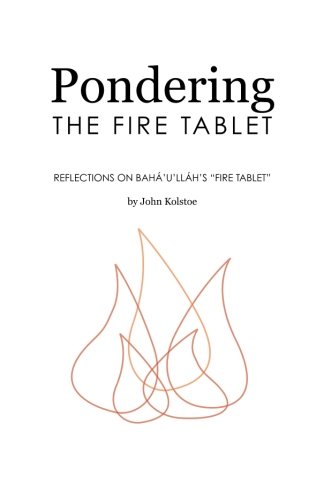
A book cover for Pondering the Fire Tablet: Reflections on BahÃ¡'u'llÃ¡h's "Fire Tablet"; John Kolstoe; Religion & Spirituality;